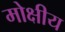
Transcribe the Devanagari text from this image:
मोक्षीय